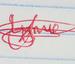
Signature authenticity: genuine